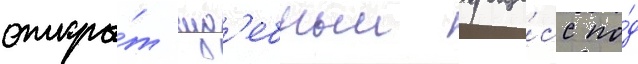
откры́т суд'ебныи проце́сс по́д